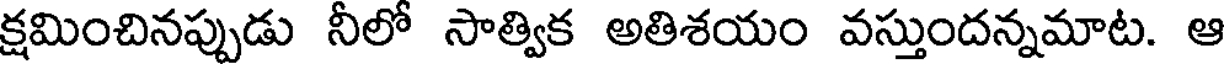
క్షమించినప్పుడు నీలో సాత్విక అతిశయం వస్తుందన్నమాట. ఆ